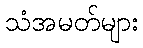
သံအမတ်များ